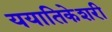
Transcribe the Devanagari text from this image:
ययातिकेशरी